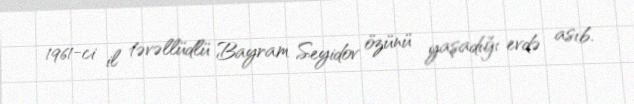
1961-ci il təvəllüdlü Bayram Seyidov özünü yaşadığı evdə asıb.